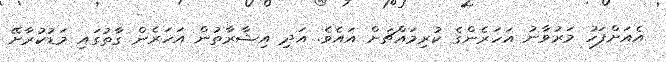
އެއަށްފަހު މަރުވާނު އަހަރެންގެ ކުރިމައްޗަށް އައެވެ. އަދި އިޝާރާތުން އަހަރެން ގާތުގައި މަޑުކުރާށޭ